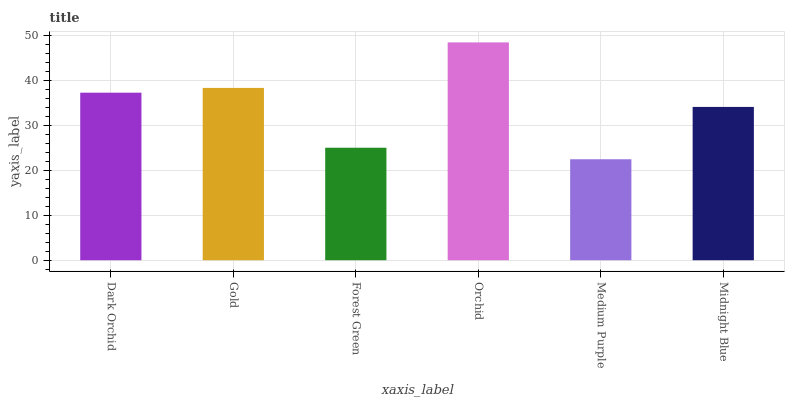
| xaxis_label | bars |
 | --- | --- |
 | Dark Orchid | 37.3 |
 | Gold | 38.3 |
 | Forest Green | 25 |
 | Orchid | 48.4 |
 | Medium Purple | 22.5 |
 | Midnight Blue | 34.1 |